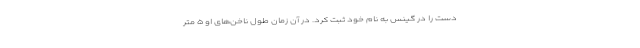
دست را در گینس به نام خود ثبت کرد. در آن زمان طول ناخن‌های او ۵ متر